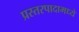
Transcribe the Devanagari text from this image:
प्रस्तरपादामध्ये